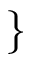
\}